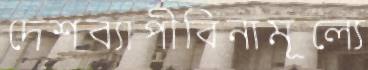
দেশব্যাপীবিনামূল্যে